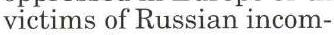
victims of Russian incom-